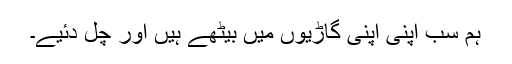
ہم سب اپنی اپنی گاڑیوں میں بیٹھے ہیں اور چل دئیے۔